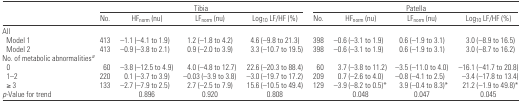
<table><thead><tr><td></td><td colspan="4"><b>Tibia</b></td><td colspan="4"><b>Patella</b></td></tr><tr><td></td><td><b>No.</b></td><td><b>HF<sub>norm</sub> (nu)</b></td><td><b>LF<sub>norm</sub> (nu)</b></td><td><b>Log<sub>10</sub> LF/HF (%)</b></td><td><b>No.</b></td><td><b>HF<sub>norm</sub> (nu)</b></td><td><b>LF<sub>norm</sub> (nu)</b></td><td><b>Log<sub>10</sub> LF/HF (%)</b></td></tr></thead><tbody><tr><td colspan="9">All</td></tr><tr><td> Model 1</td><td>413</td><td>−1.1 (−4.1 to 1.9)</td><td>1.2 (−1.8 to 4.2)</td><td>4.6 (−9.8 to 21.3)</td><td>398</td><td>−0.6 (−3.1 to 1.9)</td><td>0.6 (−1.9 to 3.1)</td><td>3.0 (−8.9 to 16.5)</td></tr><tr><td> Model 2</td><td>413</td><td>−0.9 (−3.8 to 2.1)</td><td>0.9 (−2.0 to 3.9)</td><td>3.3 (−10.7 to 19.5)</td><td>398</td><td>−0.6 (−3.1 to 1.9)</td><td>0.6 (−1.9 to 3.1)</td><td>3.0 (−8.7 to 16.2)</td></tr><tr><td colspan="9">No. of metabolic abnormalitiesa</td></tr><tr><td> 0</td><td>60</td><td>−3.8 (−12.5 to 4.9)</td><td>4.0 (−4.8 to 12.7)</td><td>22.6 (−20.3 to 88.4)</td><td>60</td><td>3.7 (−3.8 to 11.2)</td><td>−3.5 (−11.0 to 4.0)</td><td>−16.1 (−41.7 to 20.8)</td></tr><tr><td> 1–2</td><td>220</td><td>0.1 (−3.7 to 3.9)</td><td>−0.03 (−3.9 to 3.8)</td><td>−3.0 (−19.7 to 17.2)</td><td>209</td><td>0.7 (−2.6 to 4.0)</td><td>−0.8 (−4.1 to 2.5)</td><td>−3.4 (−17.8 to 13.4)</td></tr><tr><td> ≥ 3</td><td>133</td><td>−2.7 (−7.9 to 2.5)</td><td>2.7 (−2.5 to 7.9)</td><td>15.6 (−10.5 to 49.4)</td><td>129</td><td>−3.9 (−8.2 to 0.5)*</td><td>3.9 (−0.4 to 8.3)*</td><td>21.2 (−1.9 to 49.8)*</td></tr><tr><td><i>p-</i>Value for trend</td><td></td><td>0.896</td><td>0.920</td><td>0.808</td><td></td><td>0.048</td><td>0.047</td><td>0.045</td></tr></tbody></table>